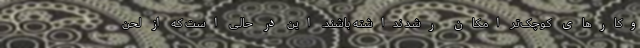
‌وکارهای کوچک‌تر امکان رشد نداشته باشند. این در حالی است که از لحن